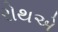
રોથએ